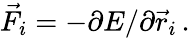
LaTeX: \vec{F}_{i}=-\partial E/\partial\vec{r}_{i}\, .